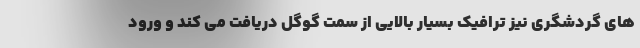
های گردشگری نیز ترافیک بسیار بالایی از سمت گوگل دریافت می کند و ورود